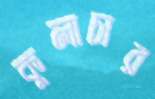
কুলাচার